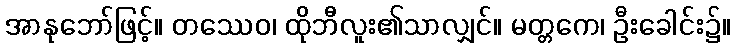
အာနုဘော်ဖြင့်။ တဿေဝ၊ ထိုဘီလူး၏သာလျှင်။ မတ္တကေ၊ ဦးခေါင်း၌။